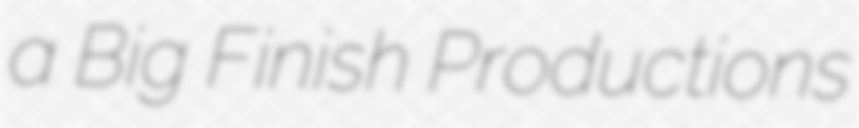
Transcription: a Big Finish Productions